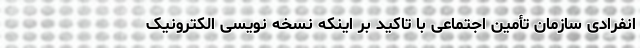
انفرادی سازمان تأمین اجتماعی با تاکید بر اینکه نسخه نویسی الکترونیک